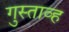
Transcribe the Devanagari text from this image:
गुस्ताव्ह